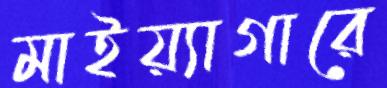
মাইয়্যাগারে